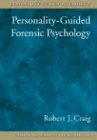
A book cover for Personality-Guided Forensic Psychology (Personality Guided Psychology); Robert J. Craig; Law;